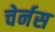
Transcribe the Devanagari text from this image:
चेर्नस